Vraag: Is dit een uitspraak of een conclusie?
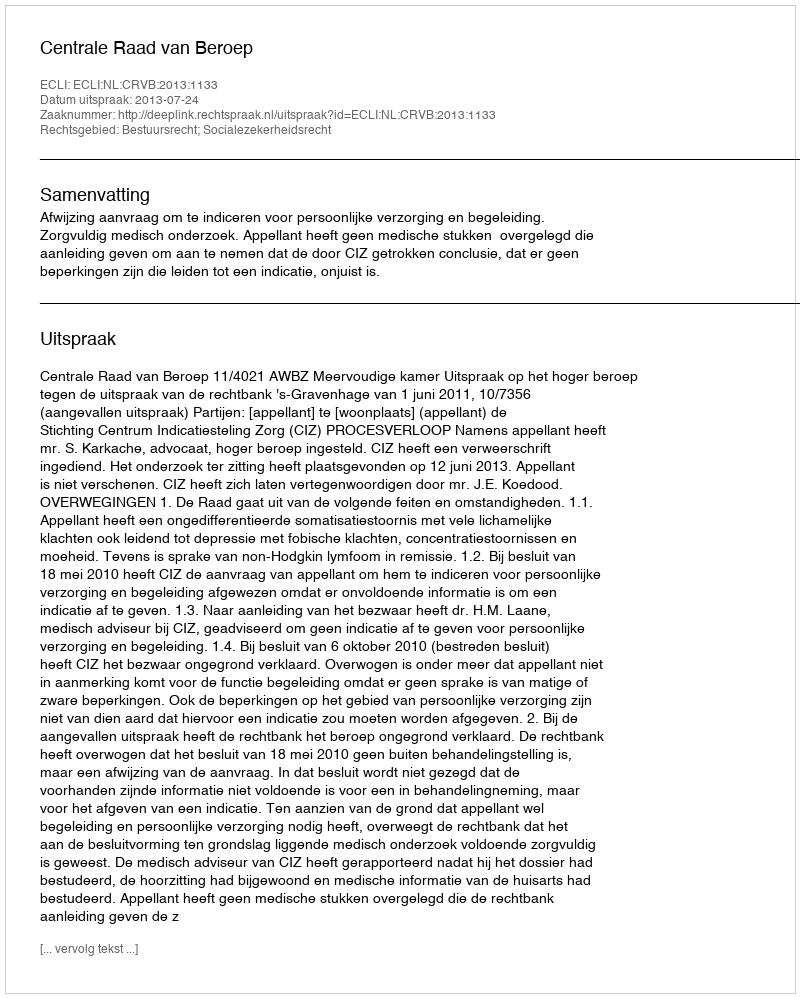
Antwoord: Uitspraak